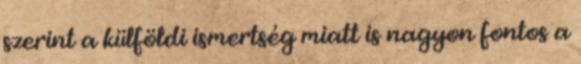
szerint a külföldi ismertség miatt is nagyon fontos a